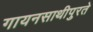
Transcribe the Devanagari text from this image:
गायनसाथीपुरते